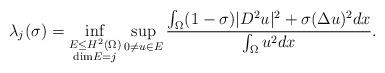
LaTeX: \begin{align*}\lambda_j(\sigma)=\inf_{\substack{E\leq H^2(\Omega)\\{\rm dim}E=j}}\sup_{0\ne u\in E}\frac{\int_{\Omega}(1-\sigma)|D^2u|^2+\sigma(\Delta u)^2dx}{\int_{\Omega}u^2dx}.\end{align*}